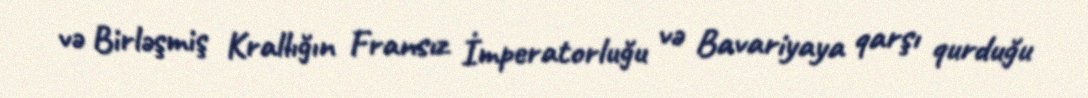
və Birləşmiş Krallığın Fransız İmperatorluğu və Bavariyaya qarşı qurduğu